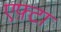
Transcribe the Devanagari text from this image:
एफ़्टा